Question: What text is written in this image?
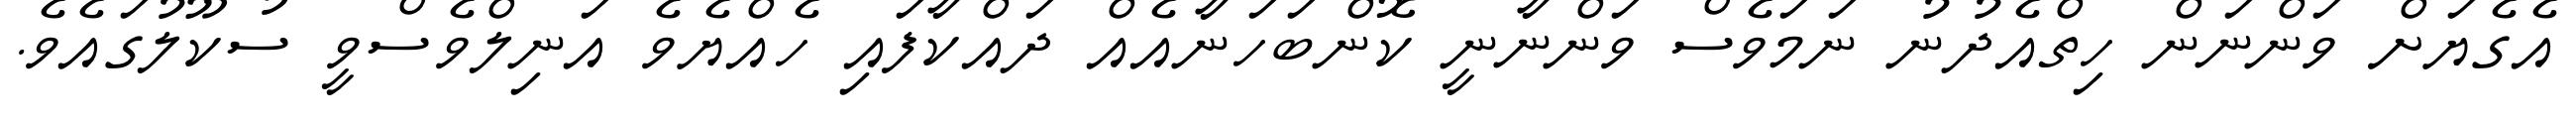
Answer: އެގެޔަށް ވަންނަން ހިތްއެދުނު ނަމަވެސް ވަންނާނީ ކޮންބަހަނާއެއް ދައްކާފައި ހެއްޔެވެ އަނިލްވެސްވީ ސުކޫލުގައެވެ.